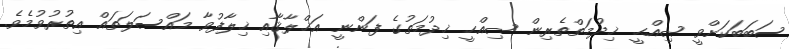
ސަބަބަކަށްވީ ޞިއްޙީ ޚިދުމަތްތެރިން ޞިއްޙީ ޚިދުމަތުގެ ފަންނީ އަޚްލާޤާއި ޚިލާފުވާ މައްސަލަތައް އިތުރުވުމެވެ.